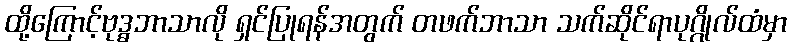
ထို့ကြောင့်ဗုဒ္ဓဘာသာလို ရှင်ပြုရန်အတွက် တဖက်ဘာသာ သက်ဆိုင်ရာပုဂ္ဂိုလ်ထံမှာ